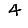
Digit: 4